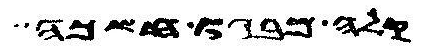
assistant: קלה מבגו חשכה